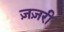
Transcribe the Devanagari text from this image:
ज़ज़री